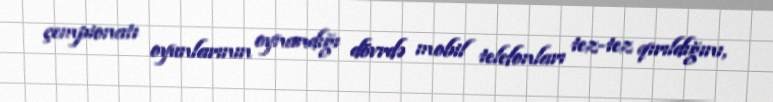
çempionatı oyunlarının oynandığı dövrdə mobil telefonları tez-tez qırıldığını,